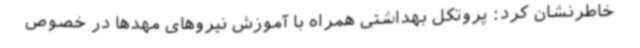
خاطرنشان کرد: پروتکل بهداشتی همراه با آموزش نیروهای مهدها در خصوص